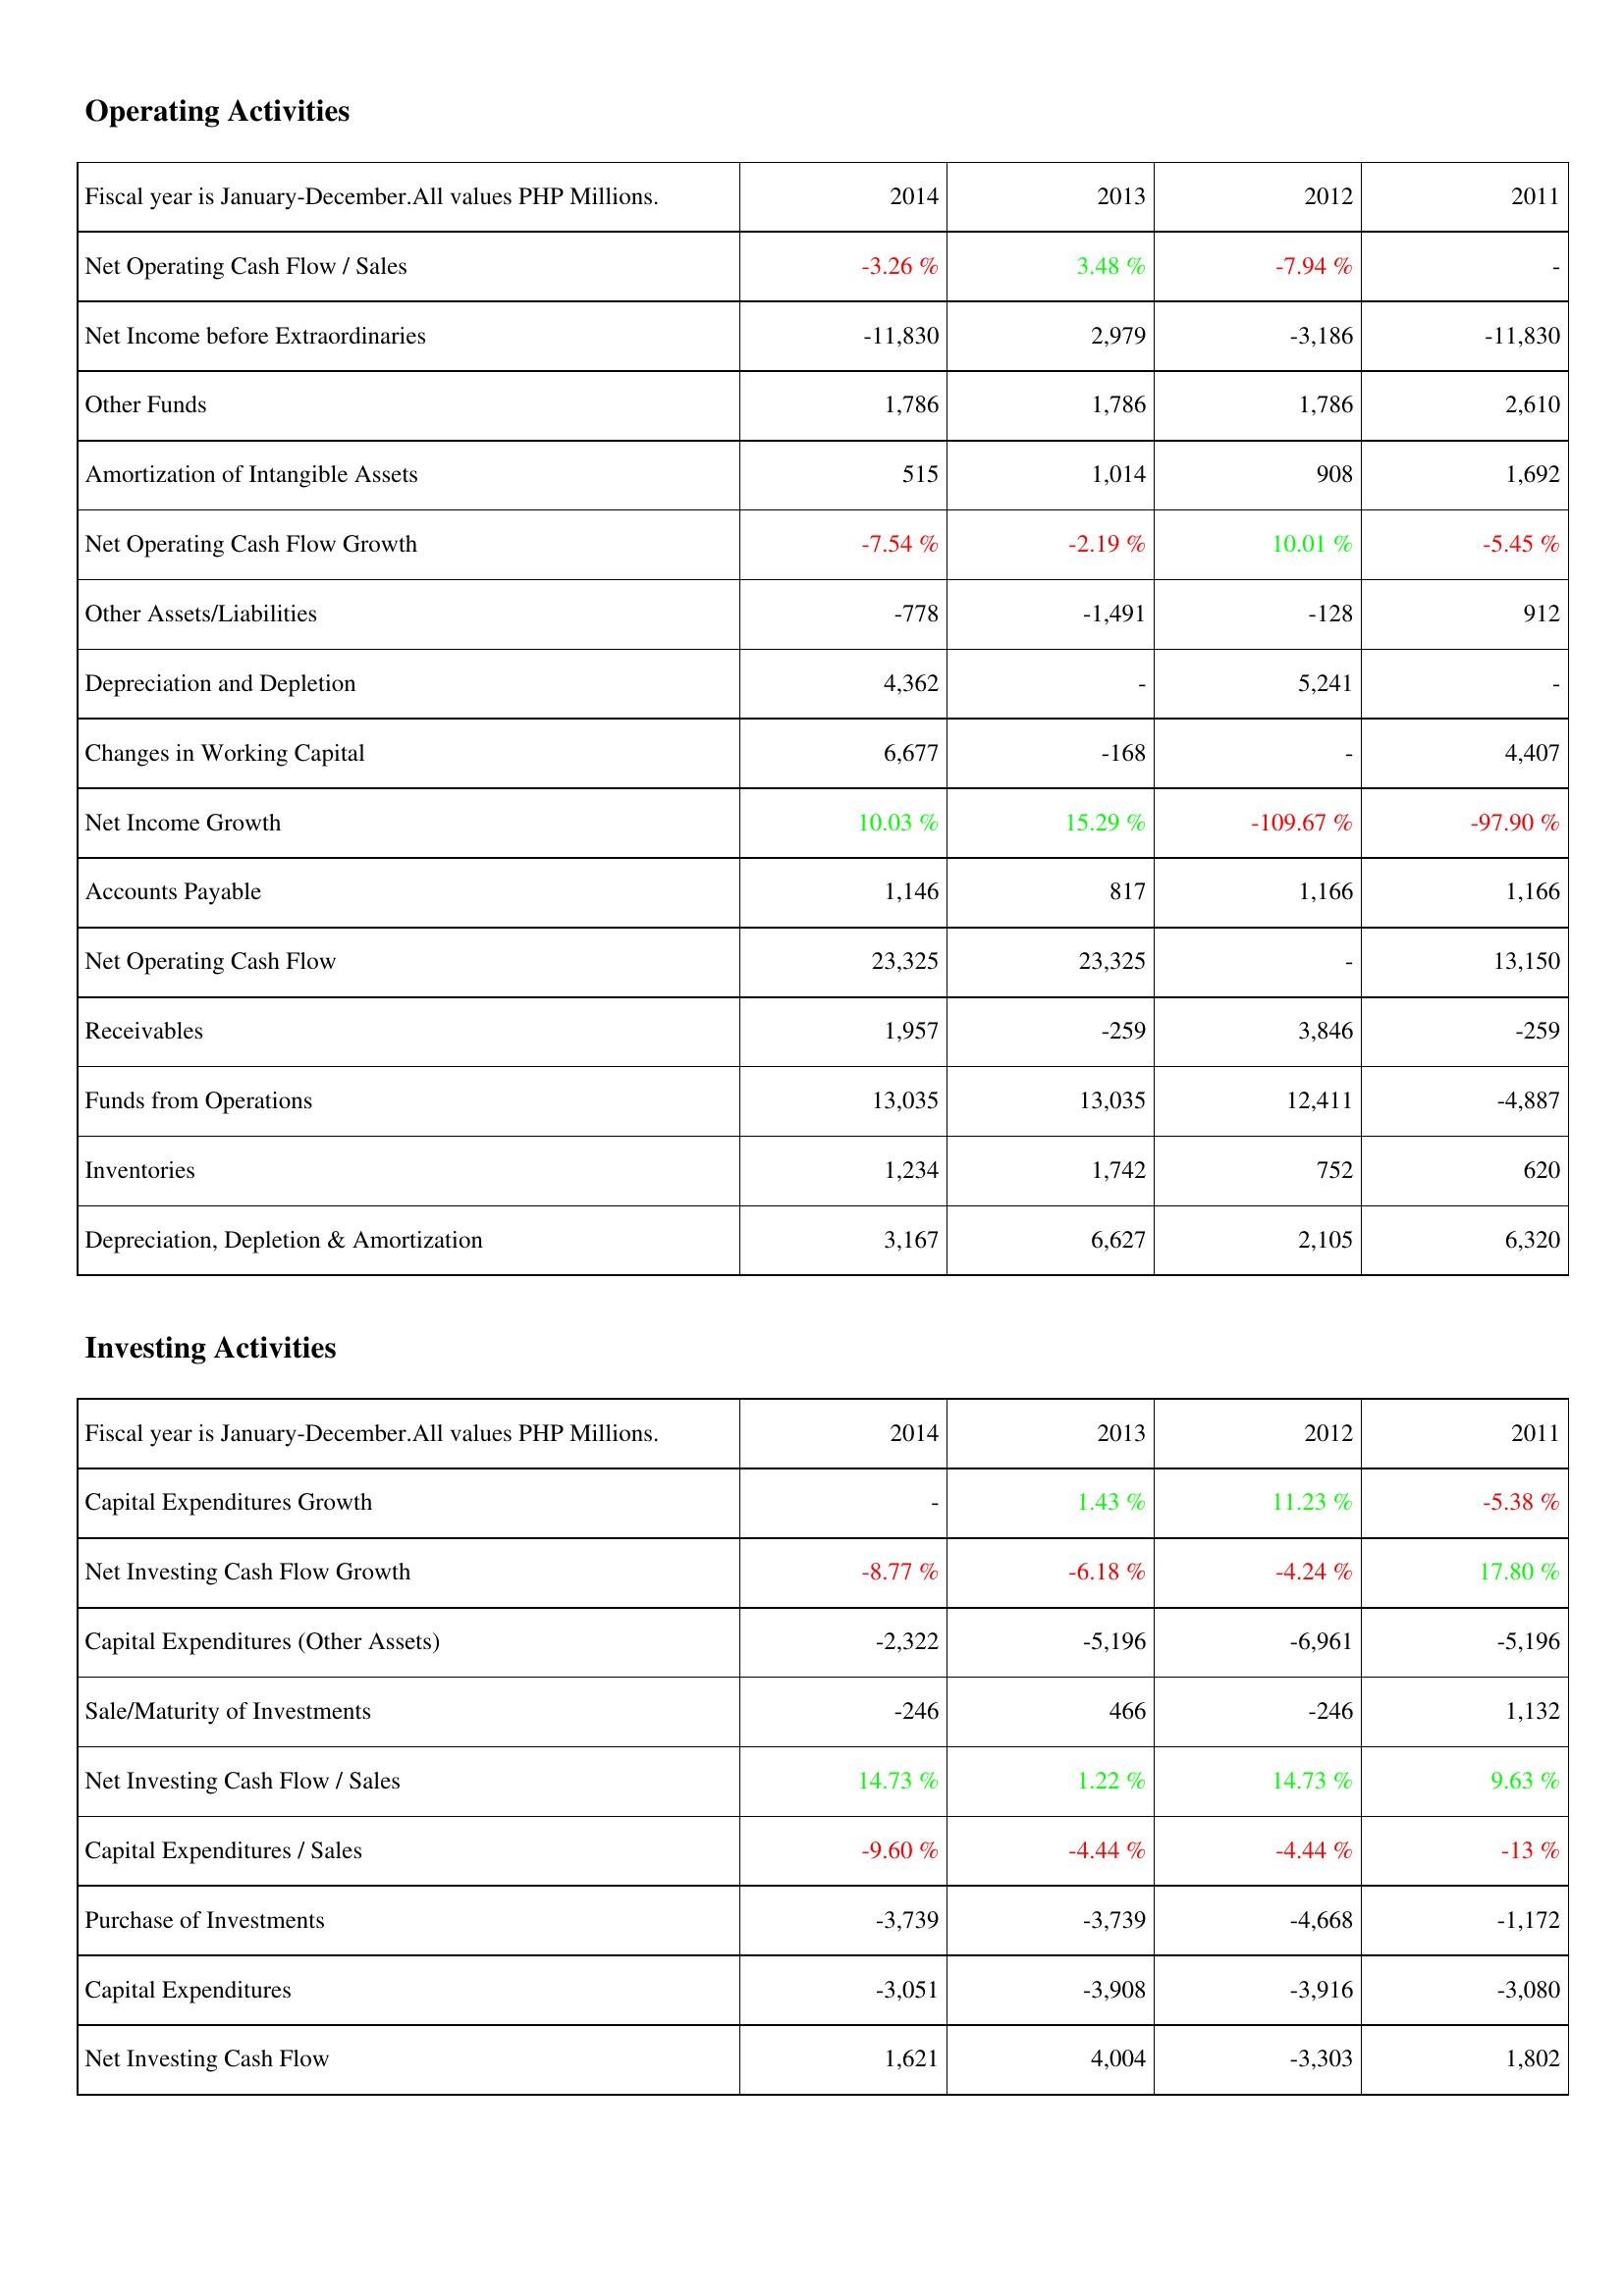
2014: Operating Activities: Net Operating Cash Flow / Sales: -3.26 %
Net Income before Extraordinaries: -11,830
Other Funds: 1,786
Amortization of Intangible Assets: 515
Net Operating Cash Flow Growth: -7.54 %
Other Assets/Liabilities: -778
Depreciation and Depletion: 4,362
Changes in Working Capital: 6,677
Net Income Growth: 10.03 %
Accounts Payable: 1,146
Net Operating Cash Flow: 23,325
Receivables: 1,957
Funds from Operations: 13,035
Inventories: 1,234
Depreciation, Depletion & Amortization: 3,167
Investing Activities: Capital Expenditures Growth: -
Net Investing Cash Flow Growth: -8.77 %
Capital Expenditures (Other Assets): -2,322
Sale/Maturity of Investments: -246
Net Investing Cash Flow / Sales: 14.73 %
Capital Expenditures / Sales: -9.60 %
Purchase of Investments: -3,739
Capital Expenditures: -3,051
Net Investing Cash Flow: 1,621
2013: Operating Activities: Net Operating Cash Flow / Sales: 3.48 %
Net Income before Extraordinaries: 2,979
Other Funds: 1,786
Amortization of Intangible Assets: 1,014
Net Operating Cash Flow Growth: -2.19 %
Other Assets/Liabilities: -1,491
Depreciation and Depletion: -
Changes in Working Capital: -168
Net Income Growth: 15.29 %
Accounts Payable: 817
Net Operating Cash Flow: 23,325
Receivables: -259
Funds from Operations: 13,035
Inventories: 1,742
Depreciation, Depletion & Amortization: 6,627
Investing Activities: Capital Expenditures Growth: 1.43 %
Net Investing Cash Flow Growth: -6.18 %
Capital Expenditures (Other Assets): -5,196
Sale/Maturity of Investments: 466
Net Investing Cash Flow / Sales: 1.22 %
Capital Expenditures / Sales: -4.44 %
Purchase of Investments: -3,739
Capital Expenditures: -3,908
Net Investing Cash Flow: 4,004
2012: Operating Activities: Net Operating Cash Flow / Sales: -7.94 %
Net Income before Extraordinaries: -3,186
Other Funds: 1,786
Amortization of Intangible Assets: 908
Net Operating Cash Flow Growth: 10.01 %
Other Assets/Liabilities: -128
Depreciation and Depletion: 5,241
Changes in Working Capital: -
Net Income Growth: -109.67 %
Accounts Payable: 1,166
Net Operating Cash Flow: -
Receivables: 3,846
Funds from Operations: 12,411
Inventories: 752
Depreciation, Depletion & Amortization: 2,105
Investing Activities: Capital Expenditures Growth: 11.23 %
Net Investing Cash Flow Growth: -4.24 %
Capital Expenditures (Other Assets): -6,961
Sale/Maturity of Investments: -246
Net Investing Cash Flow / Sales: 14.73 %
Capital Expenditures / Sales: -4.44 %
Purchase of Investments: -4,668
Capital Expenditures: -3,916
Net Investing Cash Flow: -3,303
2011: Operating Activities: Net Operating Cash Flow / Sales: -
Net Income before Extraordinaries: -11,830
Other Funds: 2,610
Amortization of Intangible Assets: 1,692
Net Operating Cash Flow Growth: -5.45 %
Other Assets/Liabilities: 912
Depreciation and Depletion: -
Changes in Working Capital: 4,407
Net Income Growth: -97.90 %
Accounts Payable: 1,166
Net Operating Cash Flow: 13,150
Receivables: -259
Funds from Operations: -4,887
Inventories: 620
Depreciation, Depletion & Amortization: 6,320
Investing Activities: Capital Expenditures Growth: -5.38 %
Net Investing Cash Flow Growth: 17.80 %
Capital Expenditures (Other Assets): -5,196
Sale/Maturity of Investments: 1,132
Net Investing Cash Flow / Sales: 9.63 %
Capital Expenditures / Sales: -13 %
Purchase of Investments: -1,172
Capital Expenditures: -3,080
Net Investing Cash Flow: 1,802